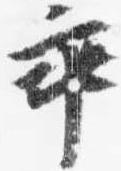
乖